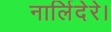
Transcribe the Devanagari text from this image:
नार्लिदेरे।